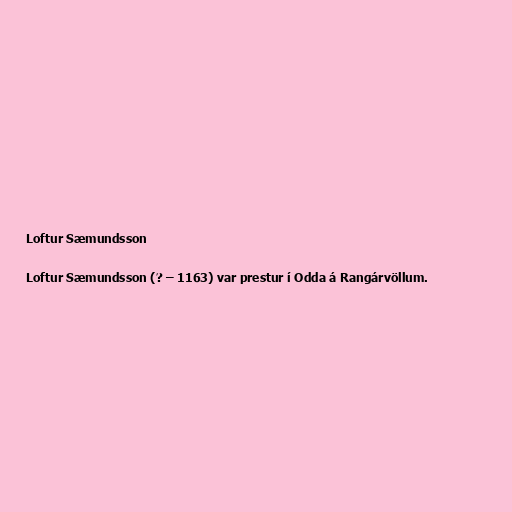
Loftur Sæmundsson

Loftur Sæmundsson (? – 1163) var prestur í Odda á Rangárvöllum.